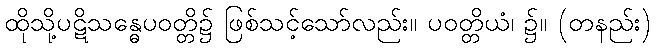
ထိုသို့ပဋိသန္ဓေပဝတ္တိ၌ ဖြစ်သင့်သော်လည်း။ ပဝတ္တိယံ၊ ၌။ (တနည်း)